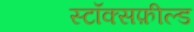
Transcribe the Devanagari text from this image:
स्टॉक्सफ़ील्ड